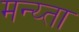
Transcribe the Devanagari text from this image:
मन्य्ता